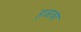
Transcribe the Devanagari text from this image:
हळवा